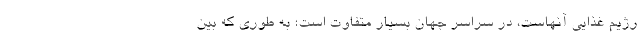
رژیم غذایی آنهاست، در سراسر جهان بسیار متفاوت است؛ به طوری که بین